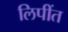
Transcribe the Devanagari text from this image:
लिपींत